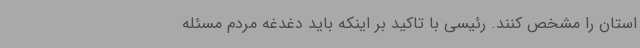
استان را مشخص کنند. رئیسی با تاکید بر اینکه باید دغدغه مردم مسئله